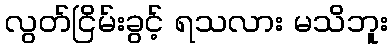
လွတ်ငြိမ်းခွင့် ရသလား မသိဘူး